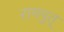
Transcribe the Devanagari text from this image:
रामपुत्